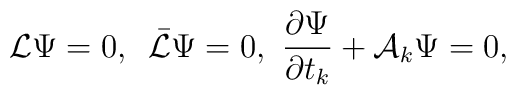
{\cal L}\Psi=0,\,\,\, \bar{\cal L}\Psi=0,\,\, {\partial\Psi\over\partial t_k} +{\cal A}_k\Psi=0,